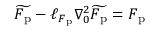
\widetilde { \boldsymbol { F } _ { \mathrm { p } } } - \ell _ { \boldsymbol { F } _ { \mathrm { p } } } \nabla _ { 0 } ^ { 2 } \widetilde { \boldsymbol { F } _ { \mathrm { p } } } = \boldsymbol { F } _ { \mathrm { p } }